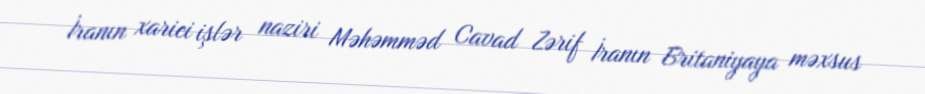
İranın xarici işlər naziri Məhəmməd Cavad Zərif İranın Britaniyaya məxsus